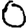
Digit: 0